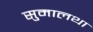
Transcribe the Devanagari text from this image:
सुमालथा